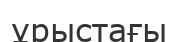
ұрыстағы